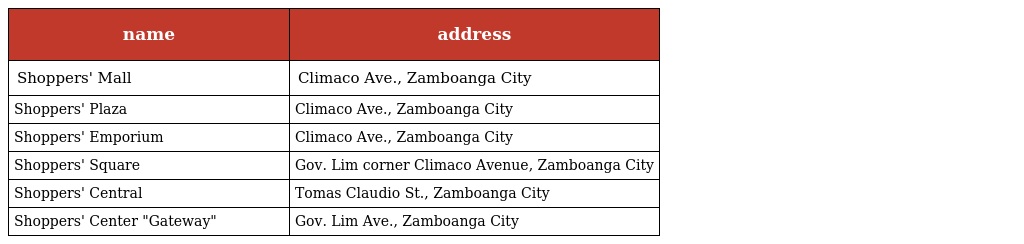
| name | address |
 | --- | --- |
 | Shoppers' Mall | Climaco Ave., Zamboanga City |
 | Shoppers' Plaza | Climaco Ave., Zamboanga City |
 | Shoppers' Emporium | Climaco Ave., Zamboanga City |
 | Shoppers' Square | Gov. Lim corner Climaco Avenue, Zamboanga City |
 | Shoppers' Central | Tomas Claudio St., Zamboanga City |
 | Shoppers' Center "Gateway" | Gov. Lim Ave., Zamboanga City |